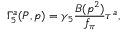
\Gamma _ { 5 } ^ { a } ( P , p ) = \gamma _ { 5 } \frac { B ( p ^ { 2 } ) } { f _ { \pi } } \tau ^ { a } ,